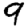
Digit: 9